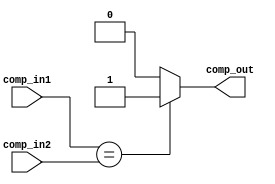
`timescale 1ns/1ns

module Comparator (comp_in1, comp_in2, comp_out);

    input [31:0] comp_in1, comp_in2;
    output reg comp_out;

    always@(*)
    begin

        if(comp_in1 == comp_in2)
            comp_out <= 1'b1;
        else
            comp_out <= 1'b0;
    end

endmodule